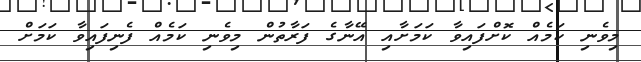
މިވެނި ކަމެއް ކޮށްފައިވާ ކަމަށާއި އޭނާގެ ފަރާތުން މިވެނި ކަމެއް ފެނިފައިވާ ކަމަށް